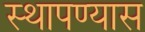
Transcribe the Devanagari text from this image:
स्थापण्यास